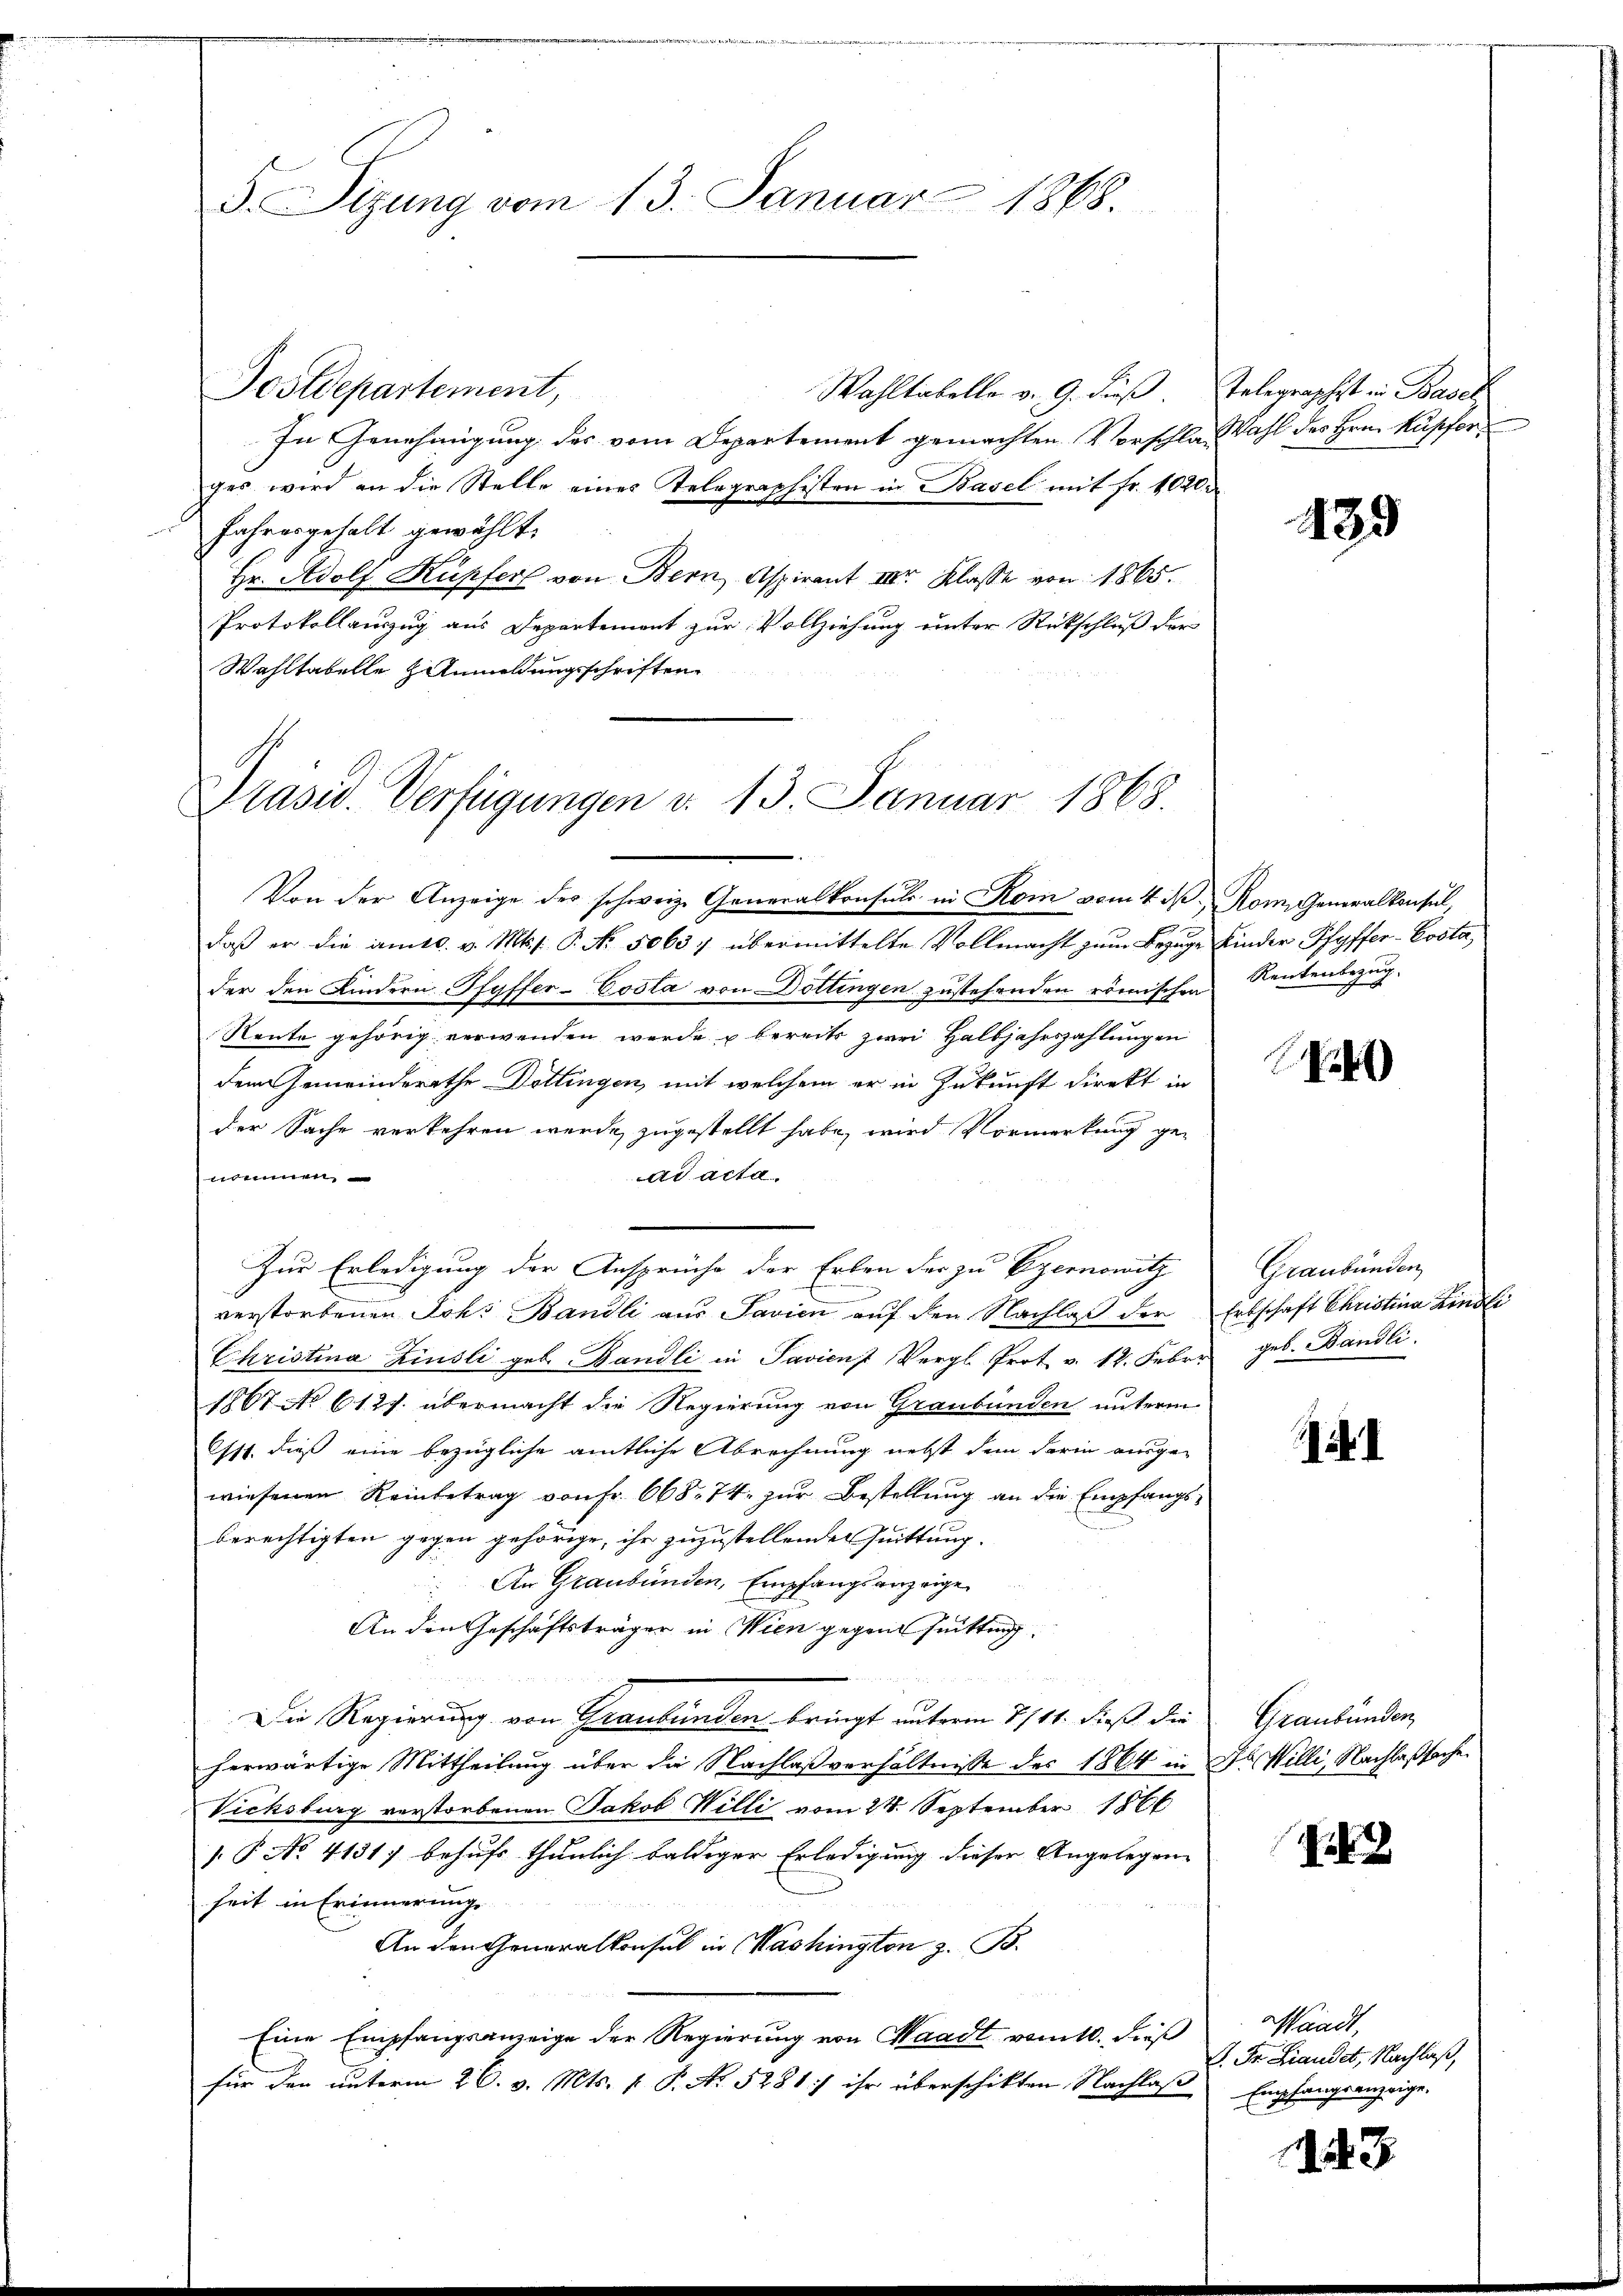
d. Sizung vom 13. Januar 1868.

Wahltabelle v. 9. Fuß. Telegraphist in Basel
In Genehmigung des vom Departement gemachten Vorschlafahl des Hrn. Kupferges wird an die Stelle eines Telegraphisten in Basel mit Fr. 1020.
fahresgehalt gewählt.
Hr. Adolf Kupferl von Bern Aspirant III. Klasse von 1865.
Protokollauszug aus Departement zur Vollziehung unter Rückschluß der
Wahltabelle Anmeldungsschriften

Postdepartement,

Präsid. Verfügungen v. 13. Januar 1868.

Von der Anzeige der schweiz. Generalkonsuls in Kom vom 4. ds.
daß er die amtl. v. Mts. s. P. Nr. 50637 übermittelte Vollmacht zum Bezuge
der den Kindern Pfyffer-Costa von Döttingen zustehenden römischen Rentenbezug.
Reute gehörig verwenden werde u bereits zwei Halbjahrszahlungen
dem Gemeinderathe Dottingen, mit welchem er in Zukunft direkt in
der Sache verkehren werde, zugestellt habe, wird Vormerkung genommen
ad acta
Zur Erledigung der Ansprüche der Erlen der zu Czernowitz
verstorbenen Joh. Bandli aus Favien auf den Nachlaß der
Christina Zinsli geb. Bandli in Javien Vergl. Prot. v. 12. Feber
1867 No 612. übermacht die Regierung von Graubünden unterm
Itt. dieß eine bezügliche amtliche Abrechnung nebst dem darin ausge-
wiesenen Reinbetrag von Fr. 668. 74. zur Bestellung an die Empfangsberechtigten gegen gehörige, ihr zuzustellenden Quittung.
An Graubünden, Empfangsanzeige
An den Geschäftsträger in Wien gegen suittung.
Die Regierung von Graubünden bringt unterm 7./11. dieß die
herwärtige Mittheilung über die Nachlaßverhältnisse des 1864 in
Vichsburg verstorbenen Jakob Willi vom 28. September 1866
.P. No 4131) behufs thunlich baldiger Erledigung dieser Angelegen
heit in Erinnerung
An den Generalkonsul in Washington z. B.
Eine Empfangsanzeige der Regierung von Waadt remitt. dieß
für den unterm 26. v. Mts. v. P. No. 5281] ihr überschikten Nachlaß

439

Rom. Generalkonsul,
Kinder Pfyffer-Posta,

2)

Graubünden
Erbschaft Christina Kindli
geb. Bandli

I

Graubünden,
dl Willi, Nachlaßsache.

Waadt,
P. Fr. Liauldt, Nachlaß,
Empfangsanzeige,

3